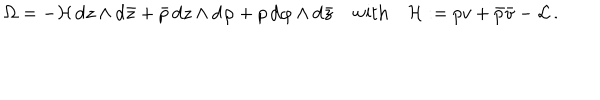
\Omega = - { \cal H } \, \mathrm { d } z \wedge \mathrm { d } \bar { z } + \bar { p } \, \mathrm { d } z \wedge \mathrm { d } \varphi + p \, \mathrm { d } \varphi \wedge \mathrm { d } \bar { z } \quad \mathrm { w i t h } \quad { \cal H } : = p v + \bar { p } \bar { v } - { \cal L } \, .